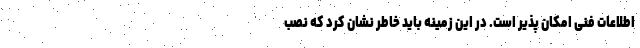
اطلاعات فنی امکان پذیر است. در این زمینه باید خاطر نشان کرد که نصب